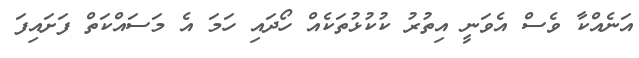
އަނެއްކާ ވެސް އެވަނީ އިތުރު ކުކުޅުތަކެއް ހޯދައި ހަމަ އެ މަސައްކަތް ފަށައިފަ